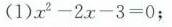
（1）$$x ^ { 2 } - 2 x - 3 = 0$$；